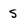
Character: s